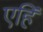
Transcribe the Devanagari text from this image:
एहिं